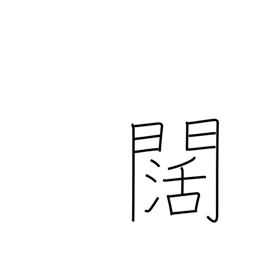
Meaning: wide